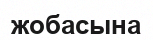
жобасына